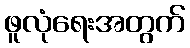
ဖူလုံရေးအတွက်